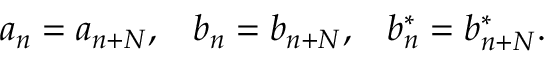
a _ { n } = a _ { n + N } , \; \; \; b _ { n } = b _ { n + N } , \; \; \; b _ { n } ^ { * } = b _ { n + N } ^ { * } .